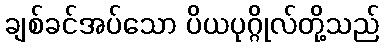
ချစ်ခင်အပ်သော ပိယပုဂ္ဂိုလ်တို့သည်